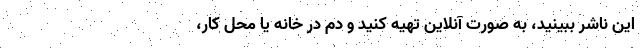
این ناشر ببینید، به صورت آنلاین تهیه کنید و دم در خانه یا محل کار،